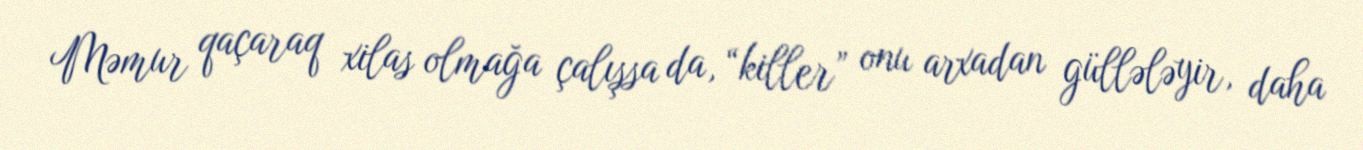
Məmur qaçaraq xilas olmağa çalışsa da, “killer” onu arxadan güllələyir, daha